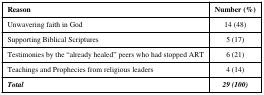
| Reason | Number (%) |
 | --- | --- |
 | Unwavering faith in God | 14 (48) |
 | Supporting Biblical Scriptures | 5 (17) |
 | Testimonies by the “already healed” peers who had stopped ART | 6 (21) |
 | Teachings and Prophecies from religious leaders | 4 (14) |
 | Total | 29 (100) |